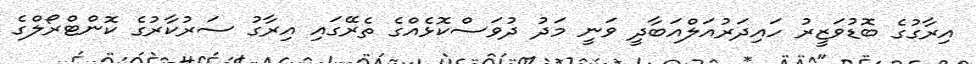
އިރާގުގެ ބޮޑުވަޒީރު ހައިދަރުއަލްއަބާދީ ވަނީ މަދު ދުވަސްކޮޅެއްގެ ތެރޭގައި އިރާގު ސަރުކާރުގެ ކޮންޓްރޯލްގެ